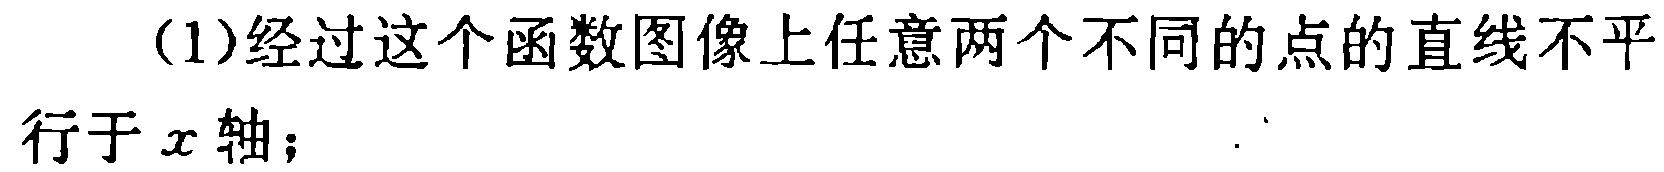
(1)经过这个函数图像上任意两个不同的点的直线不平行于\(x\)轴；